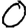
Digit: 0